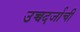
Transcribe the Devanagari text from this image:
उच्चदर्जाची